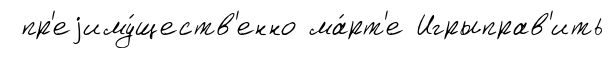
пр'еjиму́ществ'енно ма́рт'е Игрыправ'ить